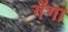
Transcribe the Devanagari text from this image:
गेंगा